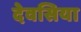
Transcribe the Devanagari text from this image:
देवसिया